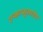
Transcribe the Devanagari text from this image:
एन्काप्सुलातेद